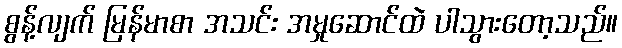
စွန့်လျက် မြန်မာစာ အသင်း အမှုဆောင်ထဲ ပါသွားတော့သည်။